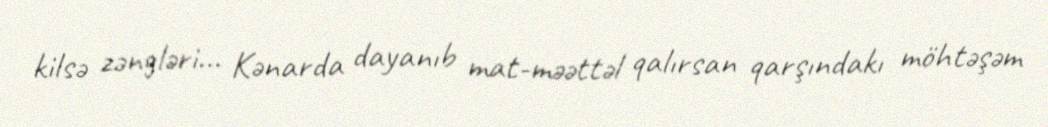
kilsə zəngləri... Kənarda dayanıb mat-məəttəl qalırsan qarşındakı möhtəşəm